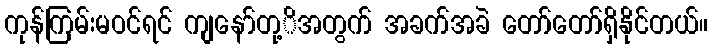
ကုန်ကြမ်းမဝင်ရင် ကျနော်တု့ိအတွက် အခက်အခဲ တော်တော်ရှိနိုင်တယ်။